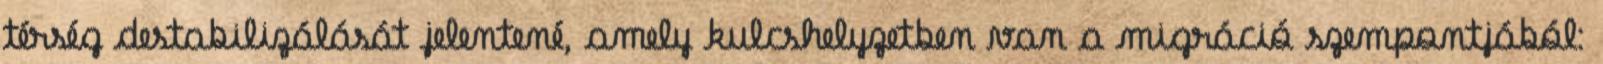
térség destabilizálását jelentené, amely kulcshelyzetben van a migráció szempontjából: